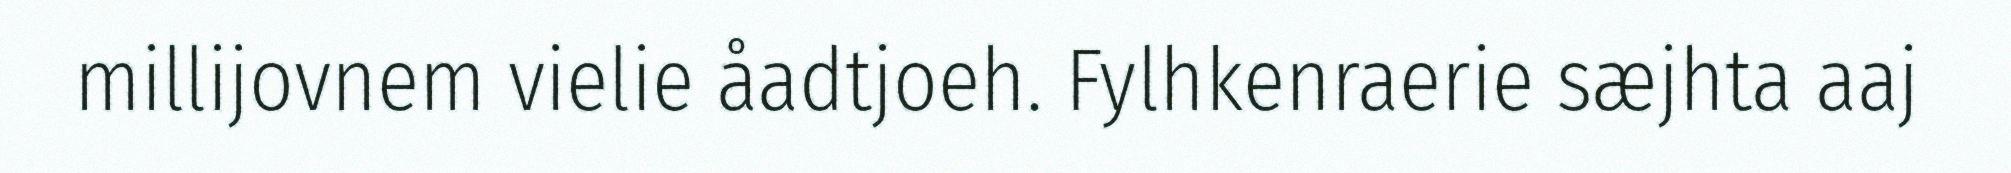
millijovnem vielie åadtjoeh. Fylhkenraerie sæjhta aaj